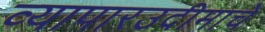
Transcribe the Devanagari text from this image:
व्यापारउदीमाचे